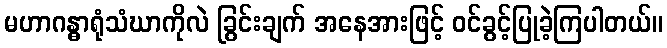
မဟာဂန္ဓာရုံသံဃာကိုလဲ ခြွင်းချက် အနေအားဖြင့် ဝင်ခွင့်ပြုခဲ့ကြပါတယ်။